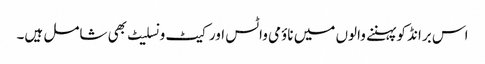
اس برانڈ کو پہننے والوں میں ناؤمی واٹس اور کیٹ ونسلیٹ بھی شامل ہیں۔